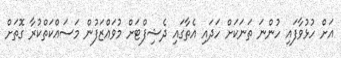
އަށް ހުޅުވާފައި ހުންނަ ތަނަކަށް ހަދައި އެތާގައި ދެޝިފްޓަށް މުވައްޒަފުން މަސައްކަތްކުރާ ގޮތަށް